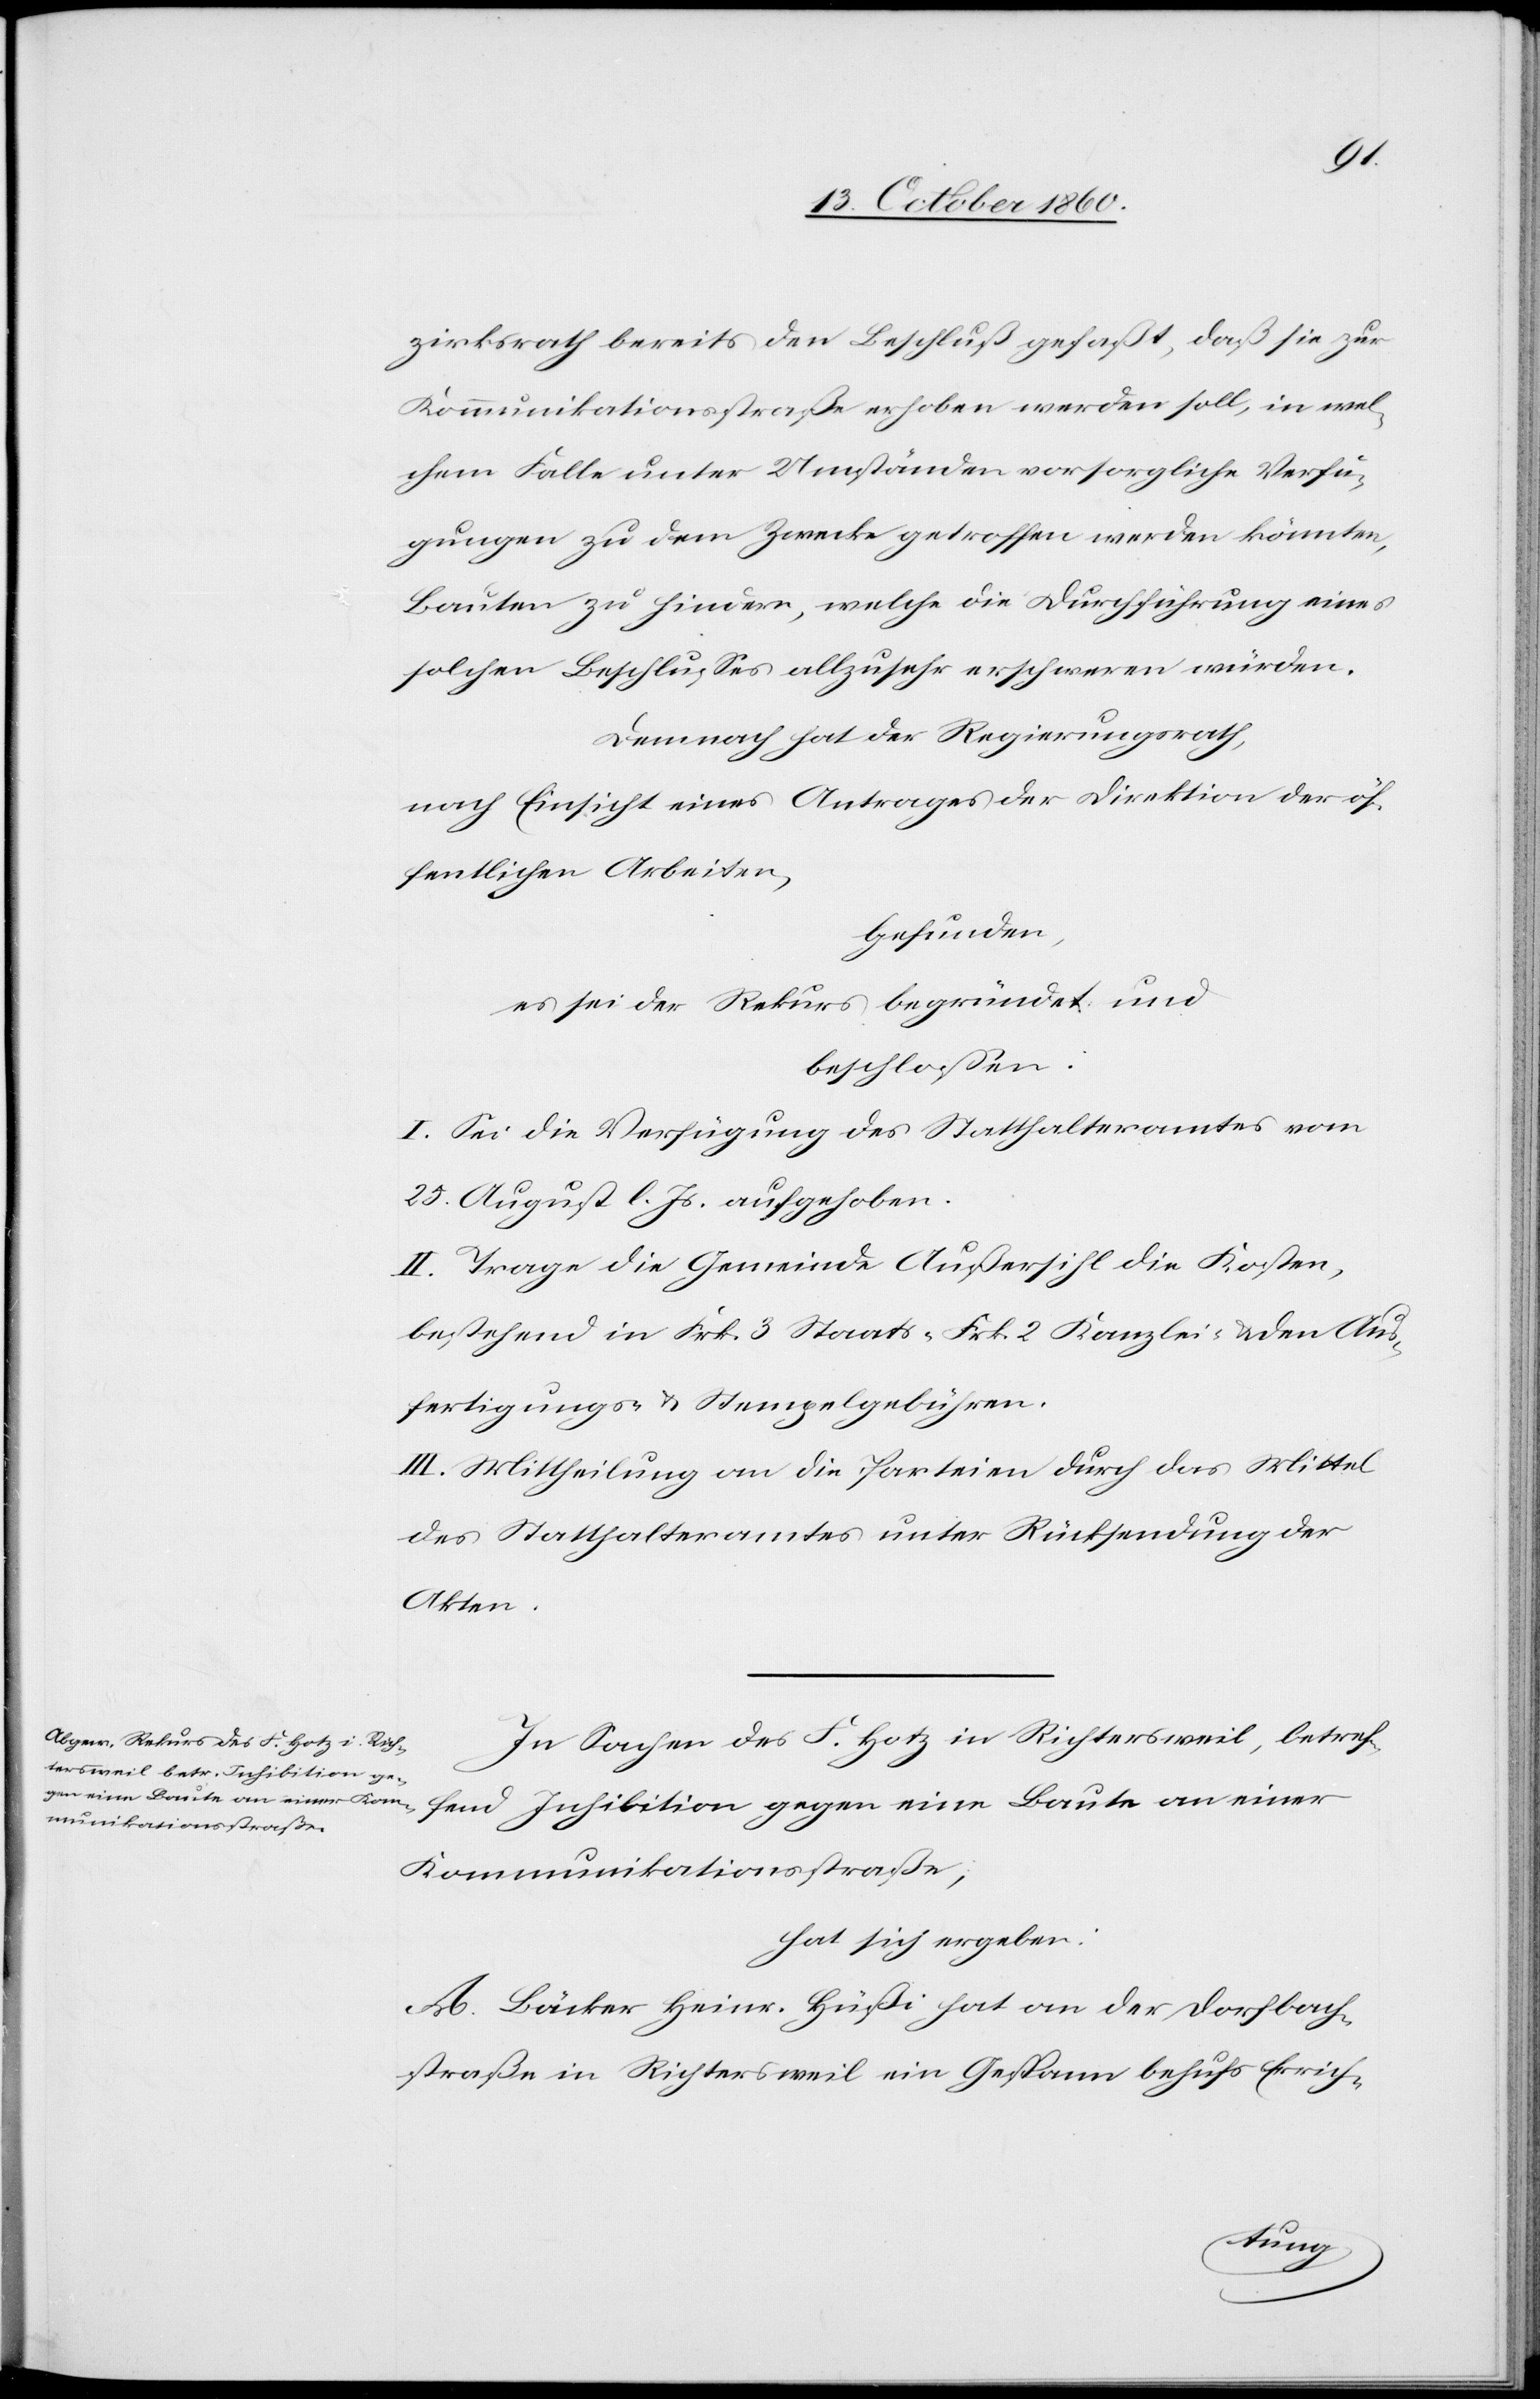
zirksrath bereits den Beschluß gefaßt, daß sie zur
Kommunikationsstraße erhoben werden soll, in wel¬
chem Falle unter Unständen vorsorgliche Verfü¬
gungen zu dem Zwecke getroffen werden könnte,
Bauten zu hindern, welche die Durchführung eines
solchen Beschlusses allzusehr erschweren würden.
Demnach hat der Regierungsrath,
nach Einsicht eines Antrages der Direktion der öf¬
fentlichen Arbeiten,
befunden:
es sei der Rekurs begründet und
beschlossen:
I. Sei die Verfügung des Statthalteramtes vom
25. August l. Js. aufgehoben.
II. Trage die Gemeinde Außersihl die Kosten,
bestehend in Frk. 3 Staats-[,] Frk. 2 Kanzlei- u. den Aus¬
fertigungs- u. Stempelgebühren.
III. Mittheilung an die Parteien durch das Mittel
des Statthalteramtes unter Rücksendung der
Akten.
In Sachen des F. Hotz in Richtersweil, betref¬
fend Inhibition gegen eine Baute an einer
Kommunikationsstraße,
hat sich ergeben:
A. Bäcker Heinr. Hüßi hat an der Dorfbach¬
straße in Richtersweil ein Gespann behufs Errich-